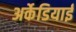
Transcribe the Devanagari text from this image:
अर्केडियाई